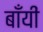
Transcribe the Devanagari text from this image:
बाँयीं